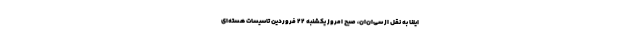
ایلنا به نقل از سی‌ان‌ان، صبح امروز یکشنبه ۲۲ فروردین تاسیسات هسته‌ای